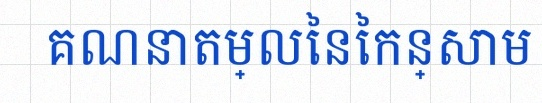
គណនាតម្លៃនៃកន្សោម